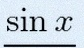
\sin x